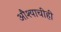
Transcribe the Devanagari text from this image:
औश्याचीही